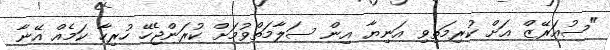
"ސުއަރޭޒް އަށް ކުރިމަތިވި އަނިޔާ އިން ސަލާމަތްވުމަށް ކުރަންޖެހޭ ހުރިހާ ކަމެއް އޭނާ